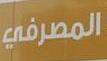
الصطرفي